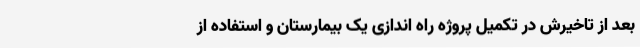
بعد از تاخیرش در تکمیل پروژه راه اندازی یک بیمارستان و استفاده از